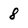
Character: 8